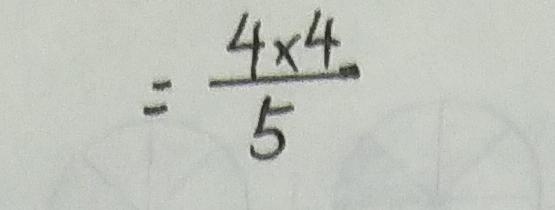
= \frac { 4 \times 4 } { 5 }